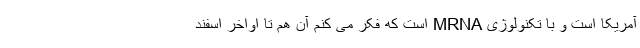
آمریکا است و با تکنولوژی MRNA است که فکر می کنم آن هم تا اواخر اسفند